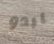
يبدو